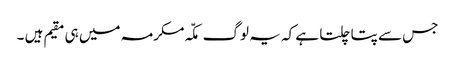
جس سے پتا چلتا ہے کہ یہ لوگ مکّہ مکرمہ میں ہی مقیم ہیں ۔